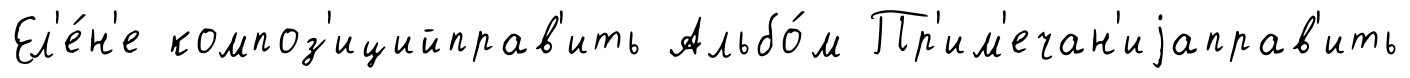
Ел'е́н'е композ'ицийправ'ить Альбо́м Пр'им'ечан'иjаправ'ить